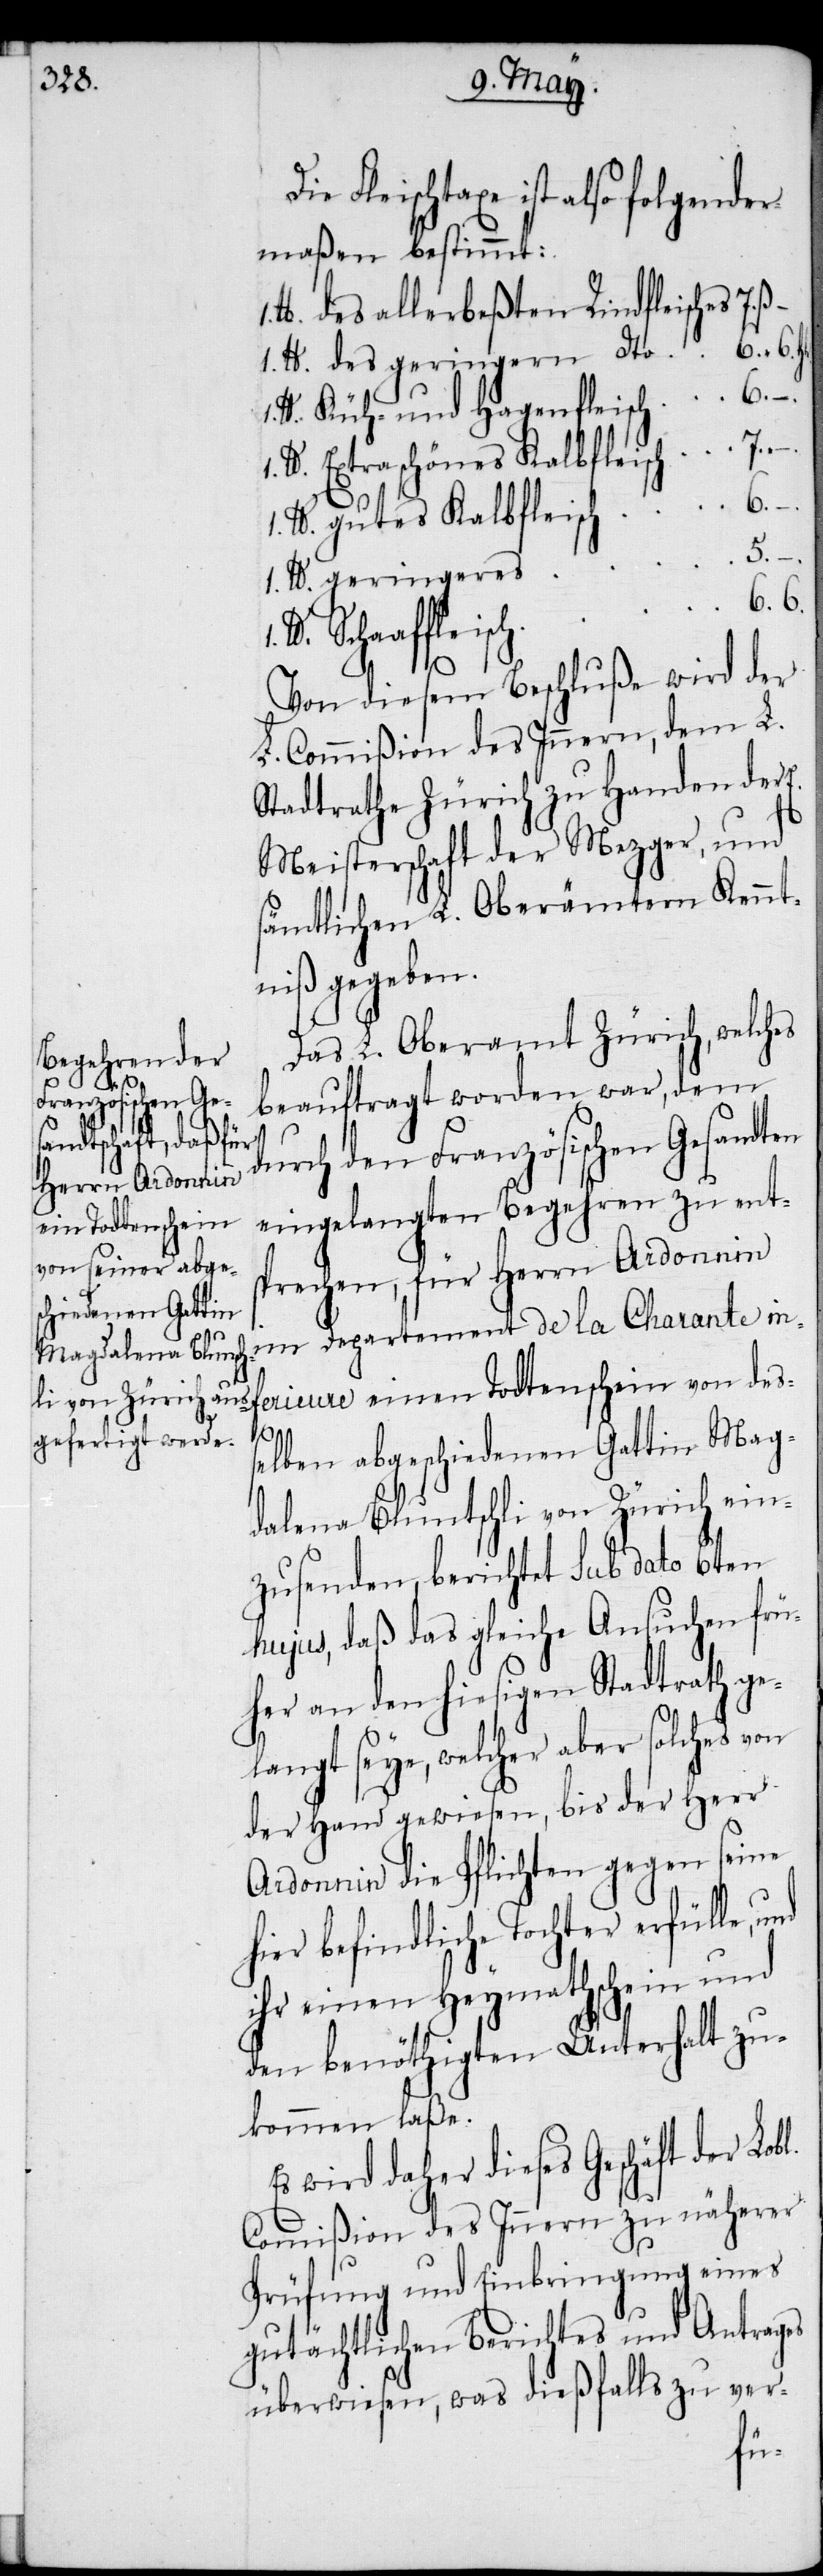
dalena Bluntsch¬
von Zürich ein¬

Die Fleischtaxe ist also folgender¬
maßen bestimmt:
des allerbeßten Rindfleisches
Küh- und Hagenfleisch
Extraschönes Kalbfleisch
5.
geringeres
Schaaffleisch
Es
g¬
Von diesem Beschluße wird der
L. Commißion des Innern, dem L.
Stadtrathe Zürich zu Handen der E.
Meisterschaft der Mezger, und
ämtlichen L. Oberämtern Kennt¬
niß gegeben.
Das L. Oberamt Zürich, welches
beauftragt worden war, dem
durch den Französischen Gesandten
eingelangten Begehren zu ents¬
prechen, für Herrn Ardonnin
im Departement de la Charante in¬
ferieure einen Todtenschein von des¬
7.
selben abgeschiedenen Gattin Mag¬
zusenden, berichtet sub dato 6ten
hujus, daß das gleiche Ansuchen frü¬
her an den hiesigen Stadtrath ge¬
langt seye, welcher aber solches von
der Hand gewiesen, bis der Herr
Ardonnin die Pflichten gegen seine
hier befindliche Tochter erfülle,
ihr einen Heymathschein und
den benöthigten Unterhalt zu¬
kommen laße.
wird daher dieses Geschäft der L.
Commißion des Innern zu näherer
Prüfung und Einbringung eines
gutächtlichen Berichtes und Antrages
überwiesen, was dießfalls zu ver-